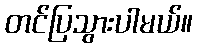
တင်ပြသွားပါမယ်။